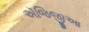
ઍજિજીઆ